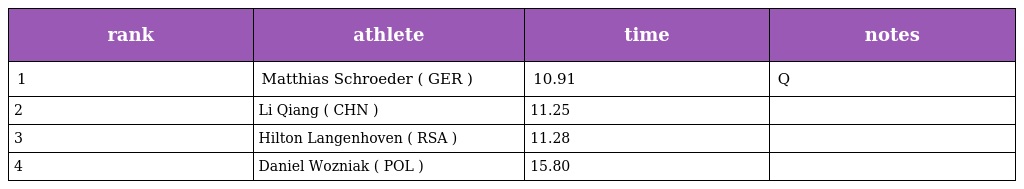
| rank | athlete | time | notes |
 | --- | --- | --- | --- |
 | 1 | Matthias Schroeder ( GER ) | 10.91 | Q |
 | 2 | Li Qiang ( CHN ) | 11.25 |  |
 | 3 | Hilton Langenhoven ( RSA ) | 11.28 |  |
 | 4 | Daniel Wozniak ( POL ) | 15.80 |  |